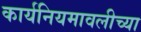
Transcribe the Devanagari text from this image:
कार्यनियमावलीच्या